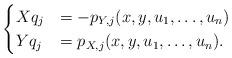
LaTeX: \begin{align*}\begin{cases}X q_j &= - p_{Y, j}(x, y, u_1, \dots, u_n) \\Y q_j &= p_{X, j}(x, y, u_1, \dots, u_n) .\end{cases}\end{align*}